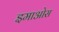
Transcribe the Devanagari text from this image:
इमाओस